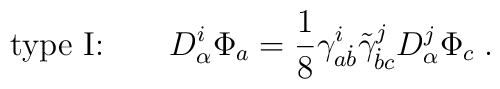
\mbox{type I:}\qquad  D^i_\alpha\Phi_a = {1\over 8}\gamma^i_{a\dot b}\tilde\gamma^j_{\dot b c} D^j_\alpha\Phi_c\;.